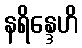
နရိန္ဒေဟိ